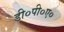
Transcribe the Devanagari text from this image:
डी०पी०ए०